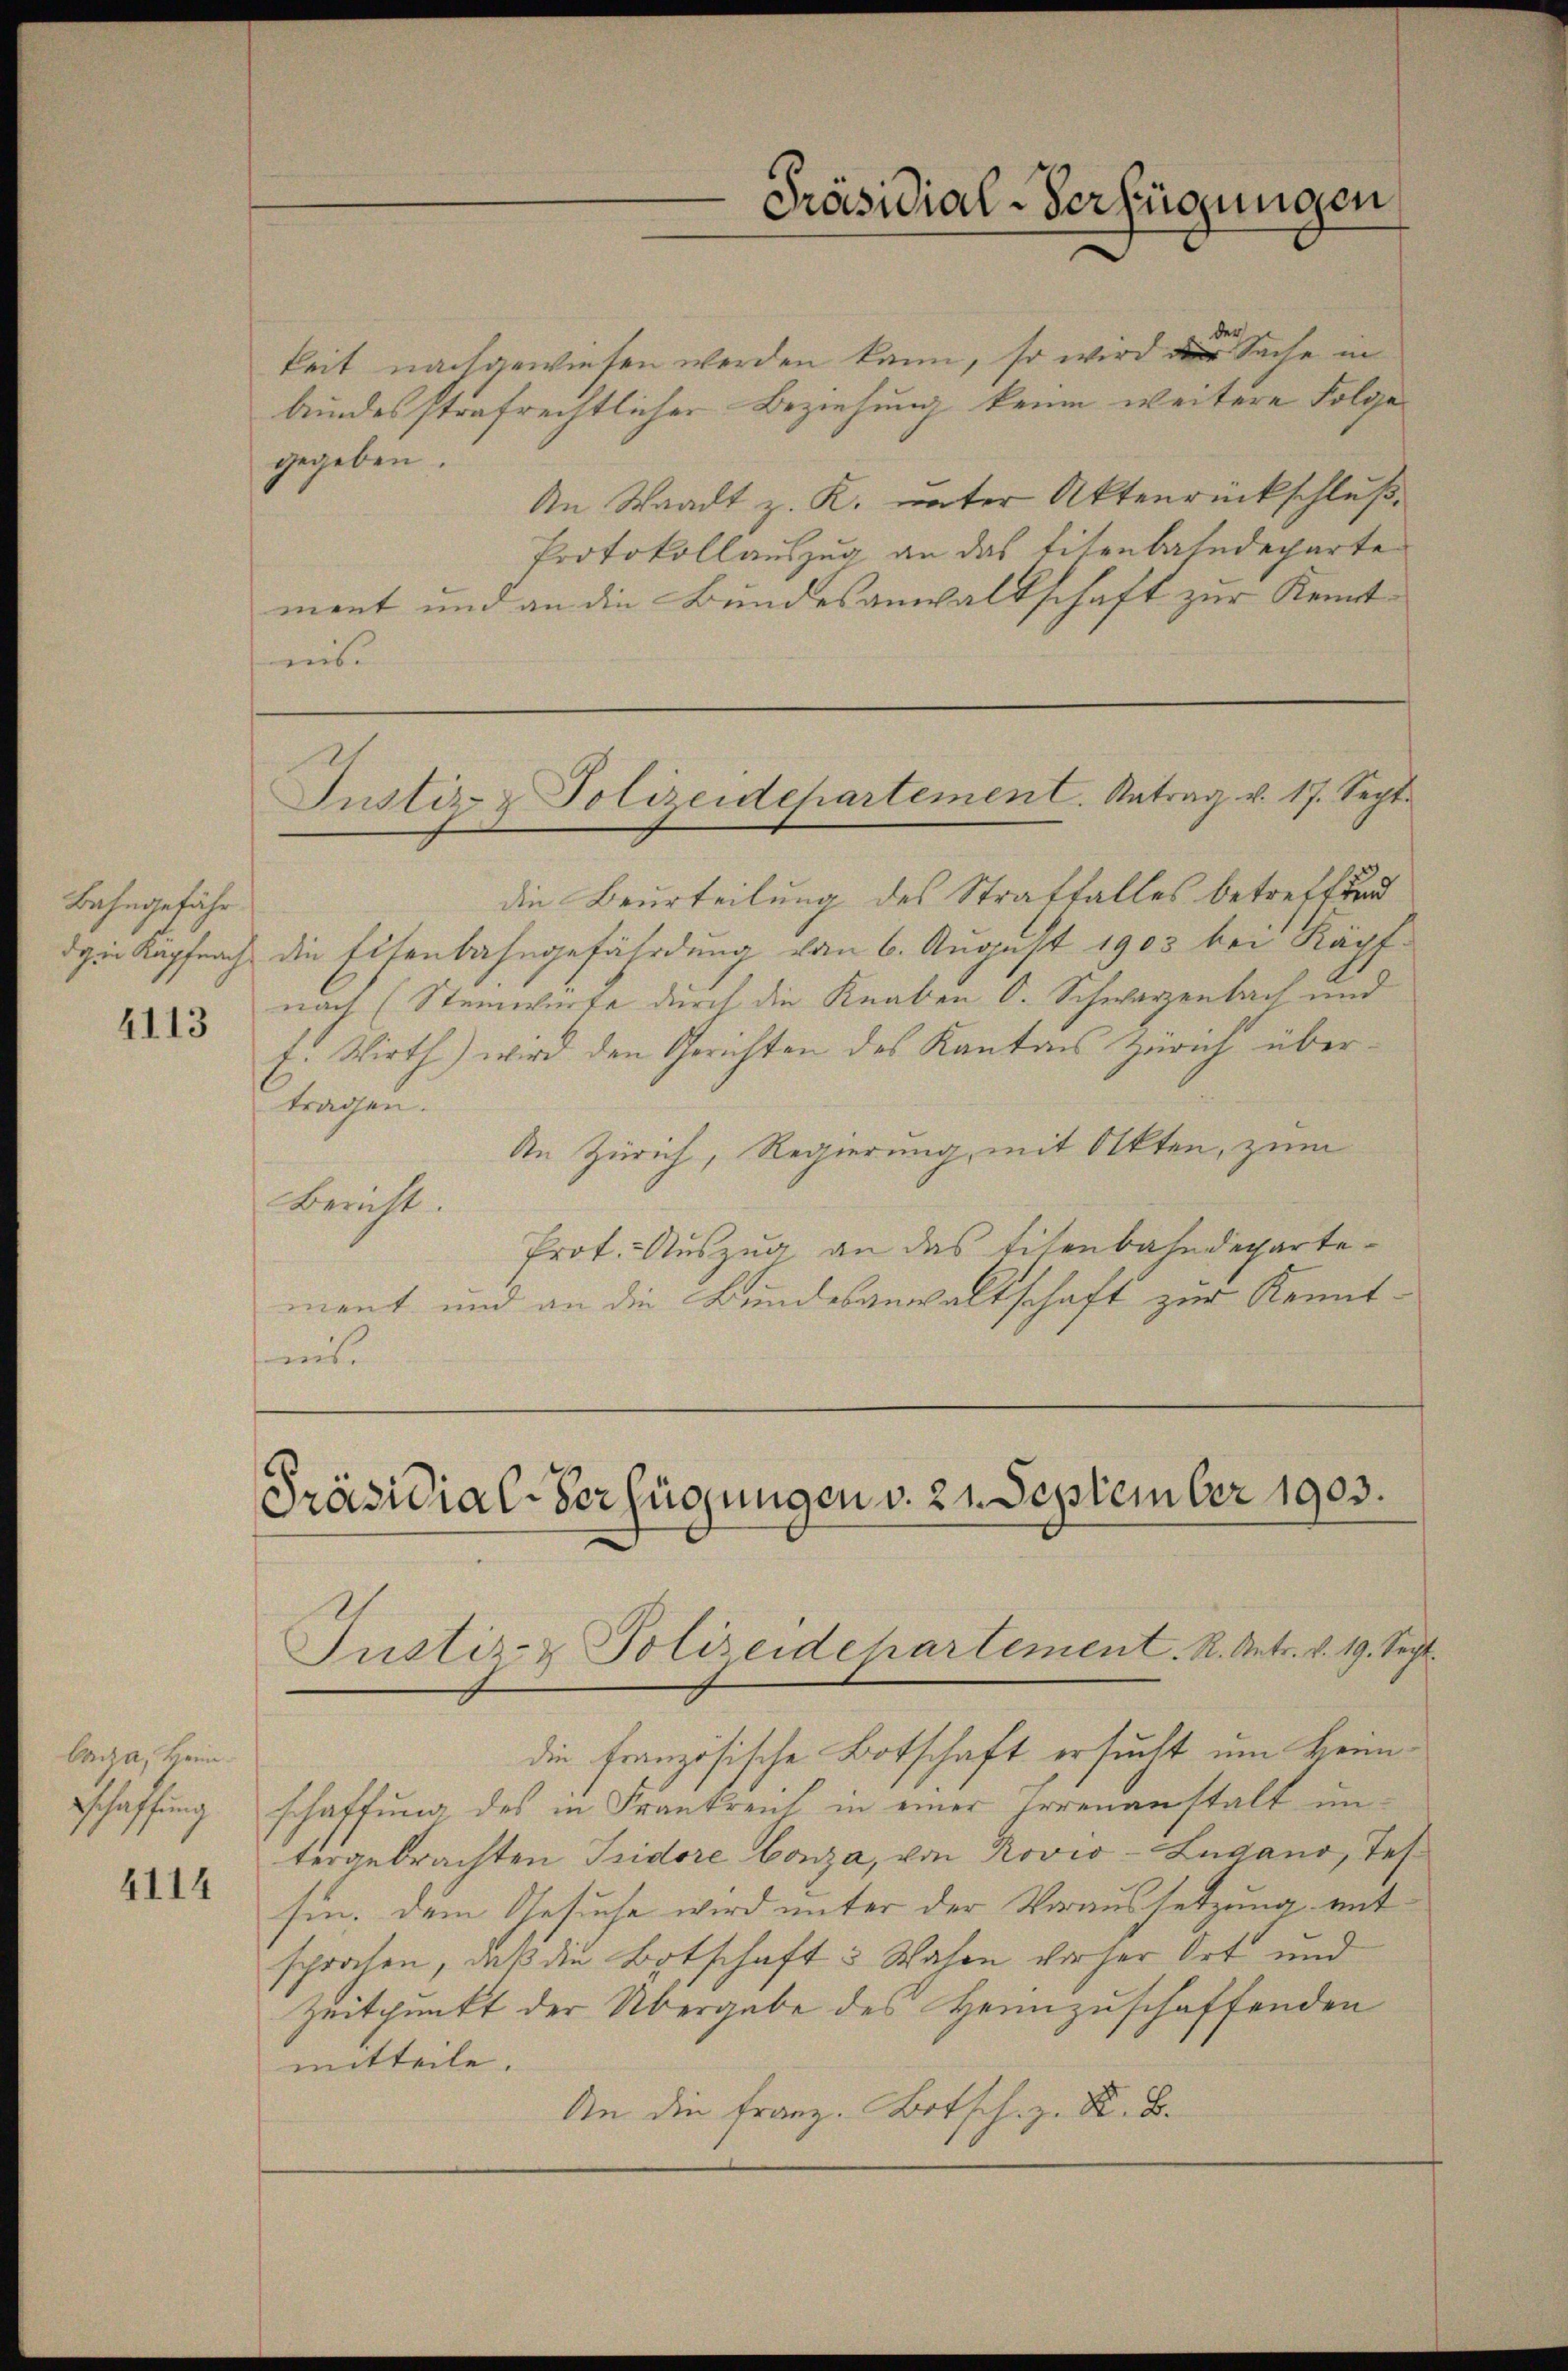
Bahngefähr

4113

baga, Heim.
schaffung

4114

keit nachgewiesen werden kann, so wird der Sache in
bundesstrafrechtlicher Beziehung keine weitere Folge
gegeben.
An Staadt z. K. unter Aktenrückschluß
Protokollauszug an das titenbahndeparte
ment und an die Bundesanwaltschaft zur Kemt
es.

Präsidial-Verfügungen

Justiz- & Polizeidepartement. Antrag u. 17. Sept.

die Beurteilung des Straffalles betreffend
dein Kapfnach die Eisenbahngefährdung vom 6. August 1903 bei Käpfnach (Steinwerfe durch die Knaben O. Schwarzenbach und
E. Wirth) wird den Gerichten des Kantons Zürich übertragen.
An Zürich, Regierung, mit Okten, zum
Bericht.
Prot. Auszug an das titenbahndepartement und an die Bundesanwaltschaft zur Kenntmt

Präsidial-Verfügungen v. 21. September 1903.
Justiz- & Polizeide hartement. R. Antr. v. 19. Sept.

die französische Botschaft ersucht um Heimschaffung des in Frantrent in einer Irrenanstalt untergebrachten Isidore Conza, von Rovio-Lugano, Tessin. Dem Gesuche wird unter der Voraussetzung mit
sprochen, daß die Botschaft 3 Wahen vorher Ort und
Zeitpunkt der Übergabe des Heimzuschaffenden
mitteile.
An die Franz. Botsch. z. K. B.